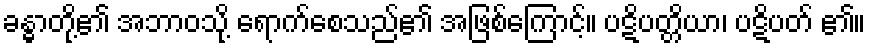
ခန္ဓာတို့၏ အဘာဝသို့ ရောက်စေသည်၏ အဖြစ်ကြောင့်။ ပဋိပတ္တိယာ၊ ပဋိပတ် ၏။